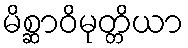
မိစ္ဆာဝိမုတ္တိယာ